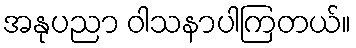
အနုပညာ ဝါသနာပါကြတယ်။